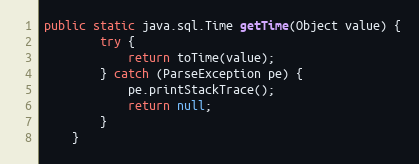
Language: Java
public static java.sql.Time getTime(Object value) {
        try {
            return toTime(value);
        } catch (ParseException pe) {
            pe.printStackTrace();
            return null;
        }
    }